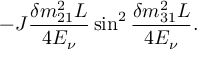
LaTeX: - J \frac { \delta m _ { 2 1 } ^ { 2 } L } { 4 E _ { \nu } } \sin ^ { 2 } \frac { \delta m _ { 3 1 } ^ { 2 } L } { 4 E _ { \nu } } .